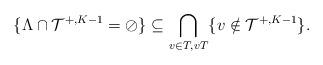
LaTeX: \begin{align*} \{\Lambda \cap \mathcal{T}^{+, K - 1} = \oslash \} \subseteq \bigcap_{v \in T, v T} \{v \notin \mathcal{T}^{+, K - 1} \}.\end{align*}